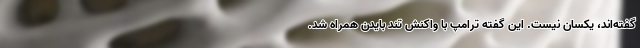
گفته‌اند، یکسان نیست. این گفته ترامپ با واکنش تند بایدن همراه شد.